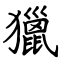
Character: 獵